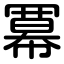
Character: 冪